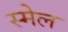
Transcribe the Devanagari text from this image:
स्मेल